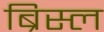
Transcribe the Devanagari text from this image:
ब्रिस्ल